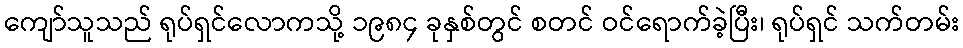
ကျော်သူသည် ရုပ်ရှင်လောကသို့ ၁၉၈၄ ခုနှစ်တွင် စတင် ဝင်ရောက်ခဲ့ပြီး၊ ရုပ်ရှင် သက်တမ်း